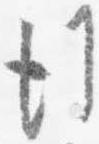
行